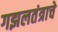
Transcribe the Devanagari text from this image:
गझलतंत्राचे